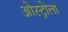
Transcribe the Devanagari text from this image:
ओस्ट्रोला